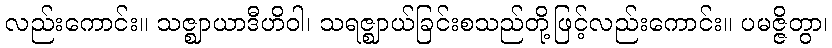
လည်းကောင်း။ သဇ္ဈာယာဒီဟိဝါ၊ သရဇ္ဈာယ်ခြင်းစသည်တို့ဖြင့်လည်းကောင်း။ ပမဇ္ဇိတွာ၊